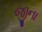
જીના